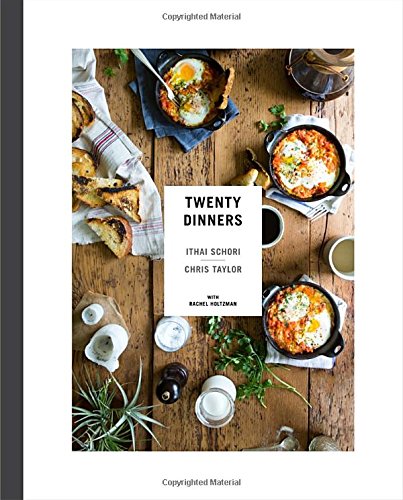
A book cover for Twenty Dinners; Ithai Schori; Cookbooks, Food & Wine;